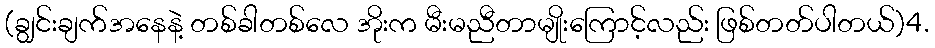
(ချွင်းချက်အနေနဲ့ တစ်ခါတစ်လေ အိုးက မီးမညီတာမျိုးကြောင့်လည်း ဖြစ်တတ်ပါတယ်)4.